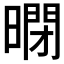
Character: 𱢤